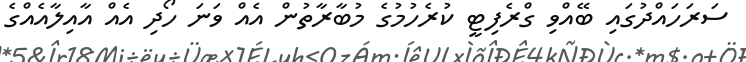
ސަރަހައްދުގައި ބޭއްވި ގްރެފިޓީ ކުރެހުމުގެ މުބާރާތުން އެއް ވަނަ ހޯދި އެއް އާއިލާއެއްގެ